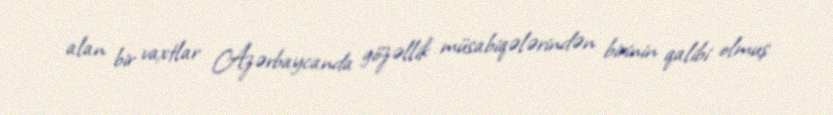
alan bir vaxtlar Azərbaycanda gözəllik müsabiqələrindən birinin qalibi olmuş